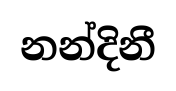
නන්දිනී